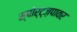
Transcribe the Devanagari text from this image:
स्पोर्ट्ज़पावर